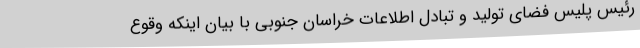
رئیس پلیس فضای تولید و تبادل اطلاعات خراسان جنوبی با بیان اینکه وقوع